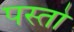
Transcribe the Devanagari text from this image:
पस्तो